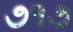
૭૧૭